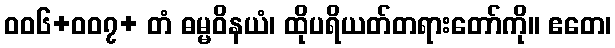
၀၀၆+၀၀၇+ တံ ဓမ္မဝိနယံ၊ ထိုပရိယတ်တရားတော်ကို။ ဧတေ၊